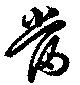
當